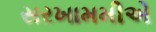
સરખામમીએ